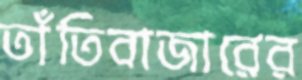
তাঁতিবাজারের